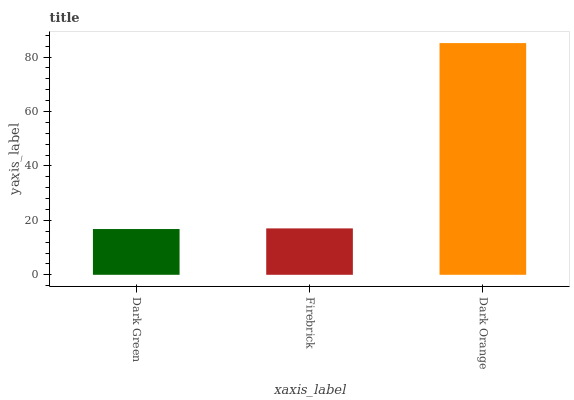
| xaxis_label | bars |
 | --- | --- |
 | Dark Green | 16.8 |
 | Firebrick | 17 |
 | Dark Orange | 85.1 |